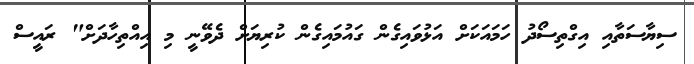
ސިޔާސަތާއި އިގްތިސޯދު ހަމައަކަށް އަޅުވައިގެން ގައުމައިގެން ކުރިޔަށް ދެވޭނީ މި އިއްތިހާދަށް" ރައީސް